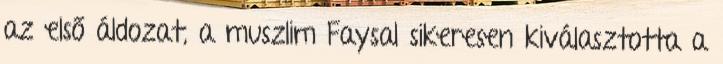
az első áldozat, a muszlim Faysal sikeresen kiválasztotta a